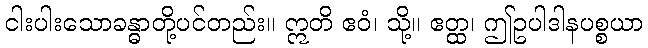
ငါးပါးသောခန္ဓာတို့ပင်တည်း။ ဣတိ ဧဝံ၊ သို့။ ဧတ္ထ၊ ဤဥပါဒါနပစ္စယာ